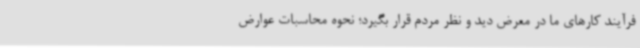
فرآیند کارهای ما در معرض دید و نظر مردم قرار بگیرد؛ نحوه محاسبات عوارض